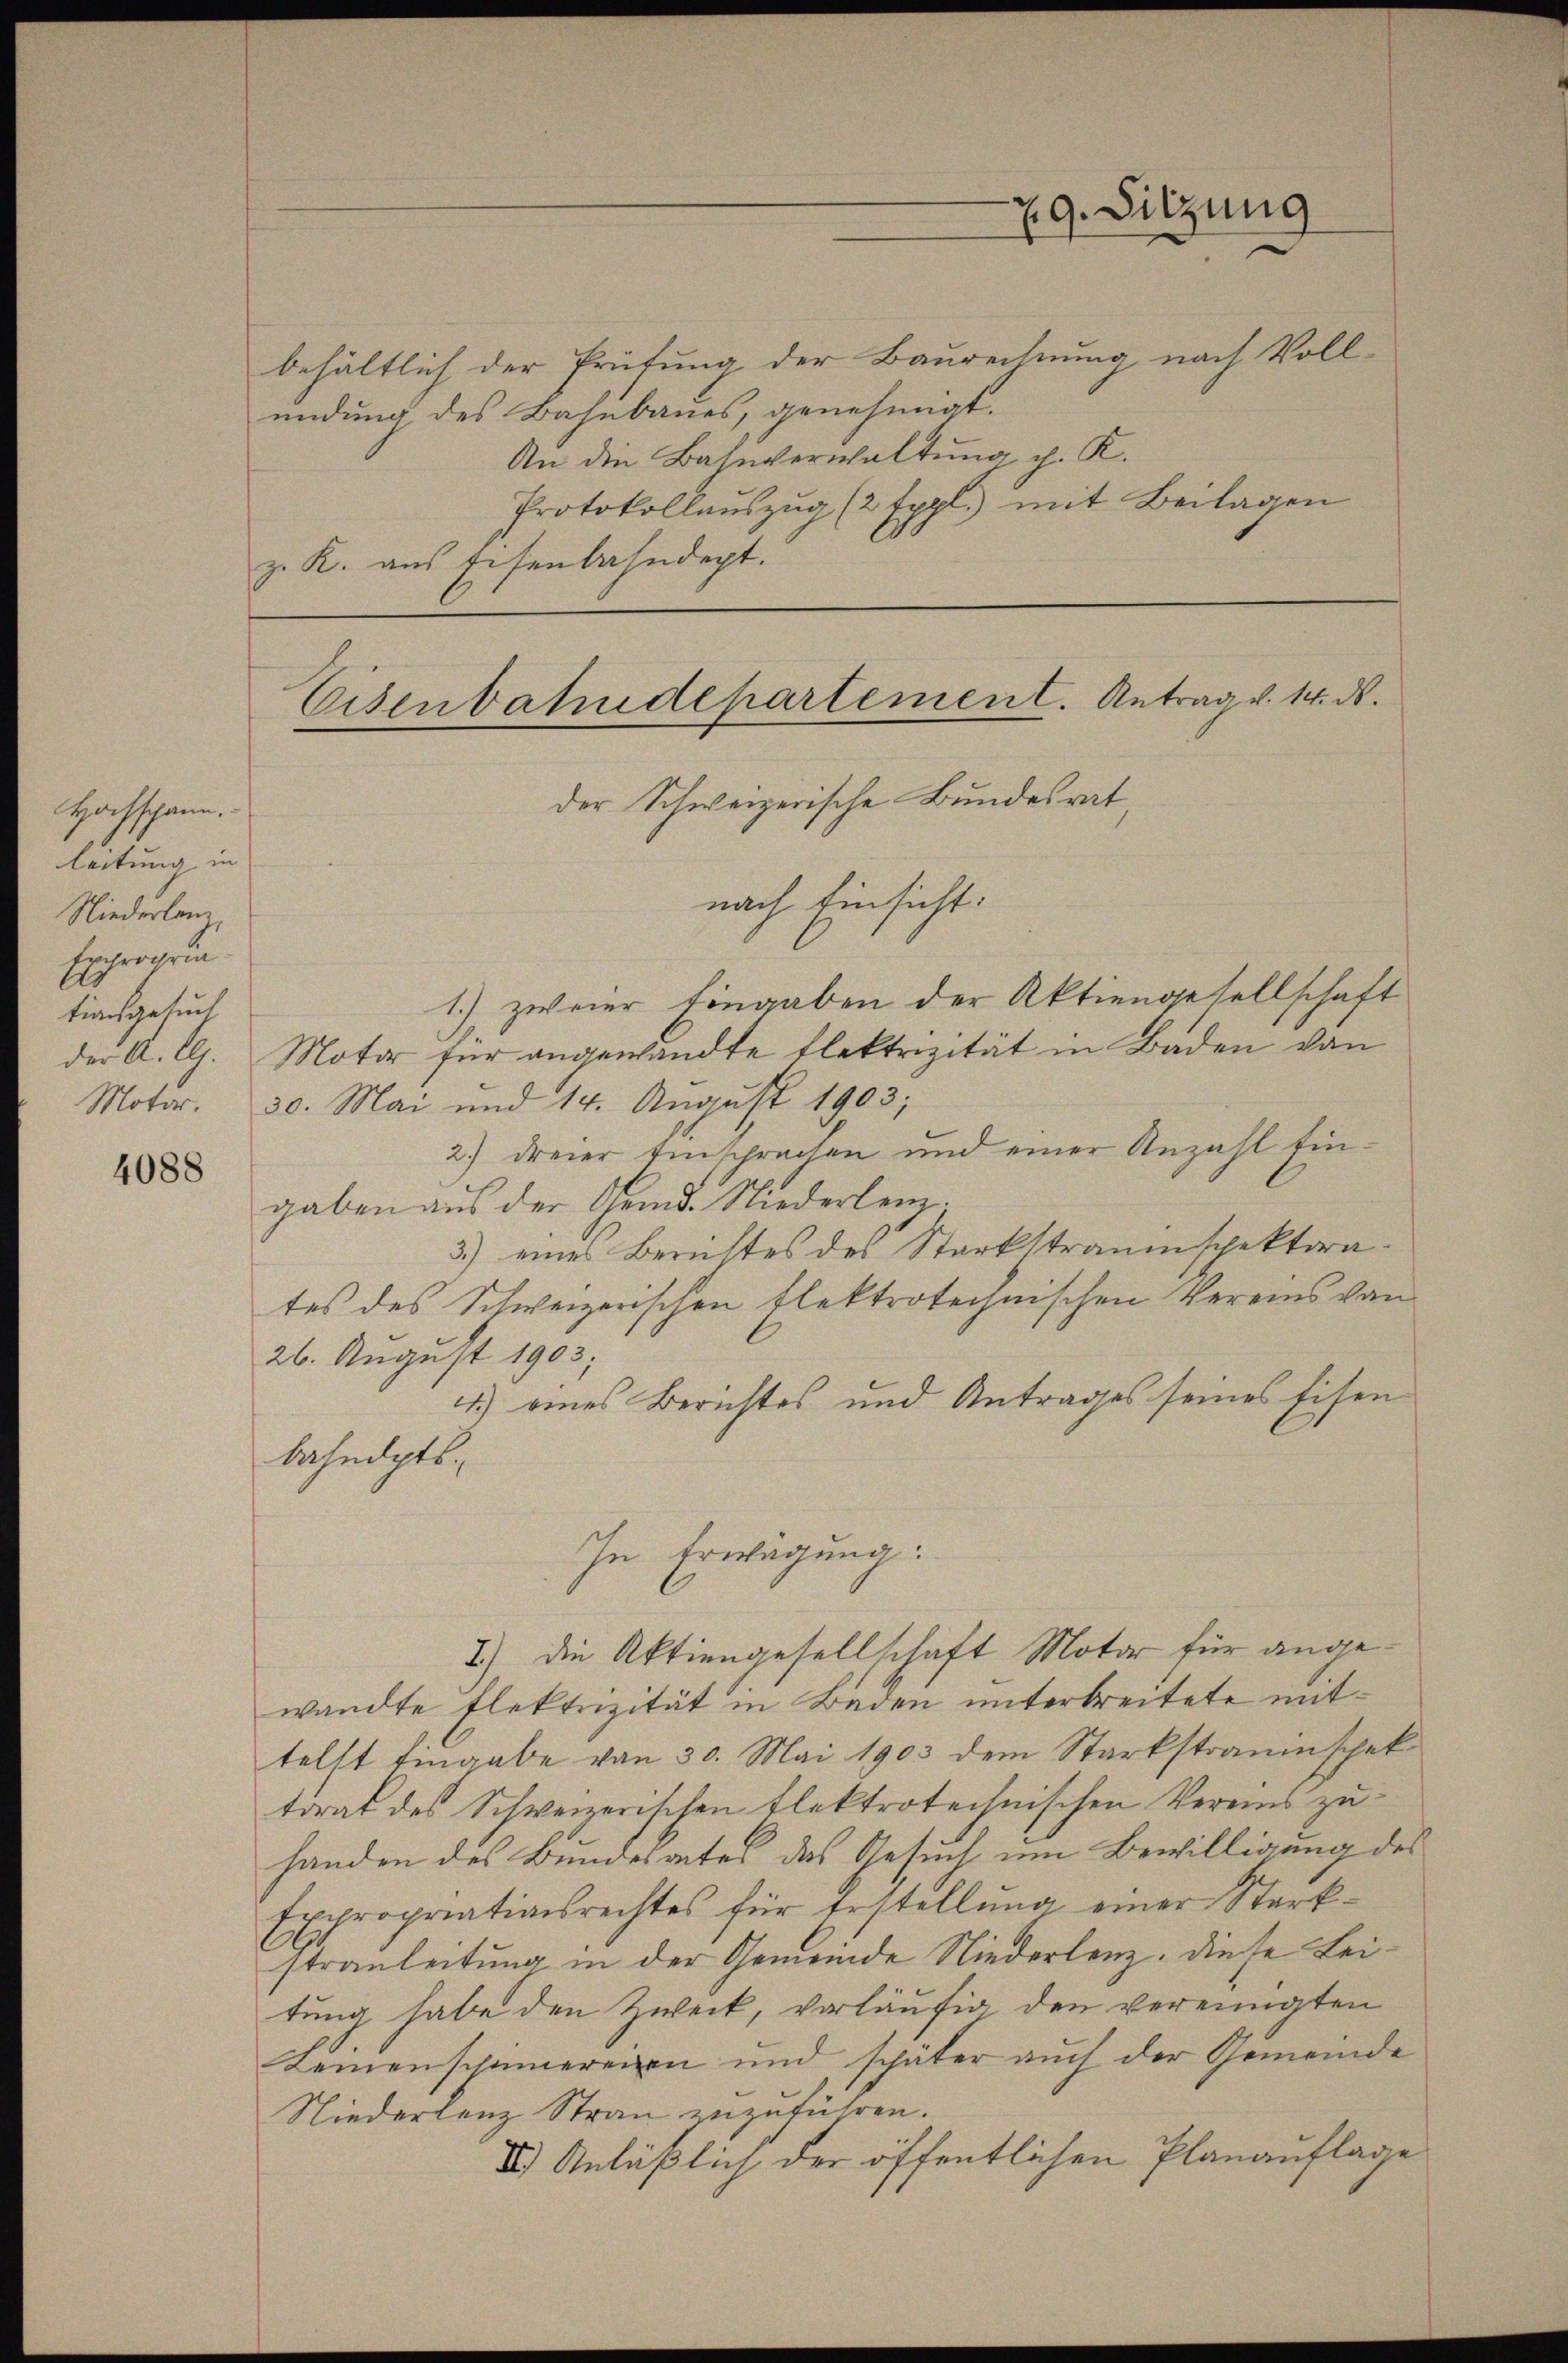
4088

behältlich der Prüfung der Baurechnung nach Voll-
ündung des Bahnbaues, genehmigt.
An die Bahnverwaltung d. K.
Protokollauszug (2 Eppl.) mit Beilagen
z. K. aus Eisenbahndept.

Hochschann.
leitung in
Niederlan
Errgrun
tionsgesuch

Eisenbahndepartement. Antrag v. 14. ds.

29. Sitzung

der Schweizerische Bundesrat
nach Einsicht:
1.) zweier Eingaben der Aktiengesellschaft
der A. G. Motor für angewandte Elektrizität in Baden von
Motor. 30. Mai und 14. August 1903;
2.) dreier Einsprechen und einer Anzahl fingaben aus der Gemd. Niederlenz.
3.) eines Berichtes des Starkstraumspektorates des Schweizerischen Flektrotechnischen Vereins von
26. August 1903;
4.) eines Berichtes und Antrages seines Eisen
bahndpts.
In Erwägung:
1.) Die Aktiengesellschaft Motor für angewandte Elektrizität in Baden unterbreitete mittelst Eingabe von 30. Mai 1903 dem Starkstrauischek
torat des Schweizerischen Elektrotechnischen Vereins zuhanden des Bundesactes das Gesuch um Bewilligung des
Expropriationsrechtes für Erstellŭng einer Stark-
strauleitung in der Gemeinde Niederlenz, diese Leitung habe den Zweck, vorläufig den vereinigten
Kemenschinnereien und schäter auch der Gemeinde
Niederlenz Stran zuzuführen.
II.) Anläßlich der öffentlichen Planauflage